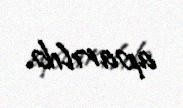
aparılıb.